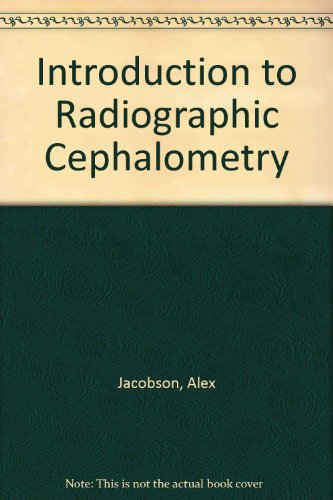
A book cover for Introduction to Radiographic Cephalometry; Alex Jacobson; Medical Books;